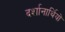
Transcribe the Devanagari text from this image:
दर्शानार्थियों